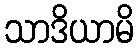
သာဒိယာမိ